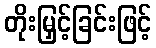
တိုးမြှင့်ခြင်းဖြင့်